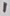
Text: 1